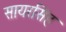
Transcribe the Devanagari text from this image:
सायरसिंह